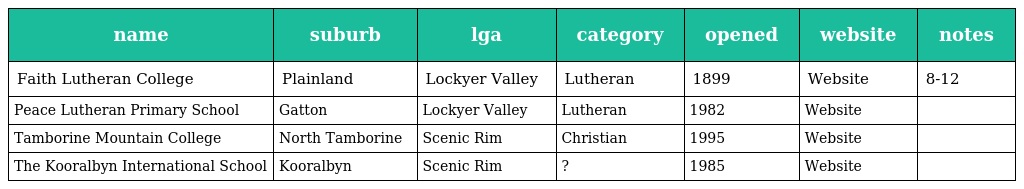
| name | suburb | lga | category | opened | website | notes |
 | --- | --- | --- | --- | --- | --- | --- |
 | Faith Lutheran College | Plainland | Lockyer Valley | Lutheran | 1899 | Website | 8-12 |
 | Peace Lutheran Primary School | Gatton | Lockyer Valley | Lutheran | 1982 | Website |  |
 | Tamborine Mountain College | North Tamborine | Scenic Rim | Christian | 1995 | Website |  |
 | The Kooralbyn International School | Kooralbyn | Scenic Rim | ? | 1985 | Website |  |